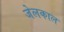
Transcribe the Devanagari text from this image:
जेलकाल